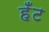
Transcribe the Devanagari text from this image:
हँट